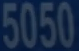
5050